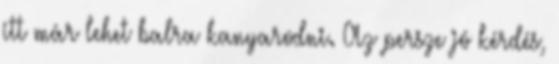
itt már lehet balra kanyarodni. Az persze jó kérdés,